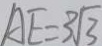
A E = 3 \sqrt { 3 }